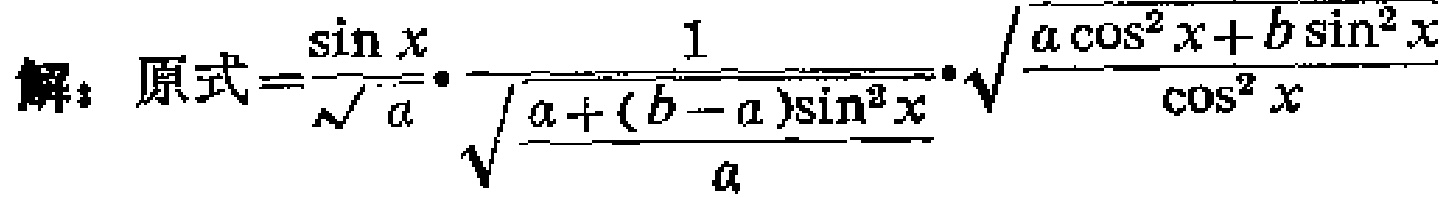
解：原式\(=\frac{\sin x}{\sqrt{a}}\cdot\frac{1}{\sqrt{\frac{a + (b - a)\sin^{2}x}{a}}}\cdot\sqrt{\frac{a\cos^{2}x + b\sin^{2}x}{\cos^{2}x}}\)